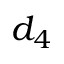
d _ { 4 }